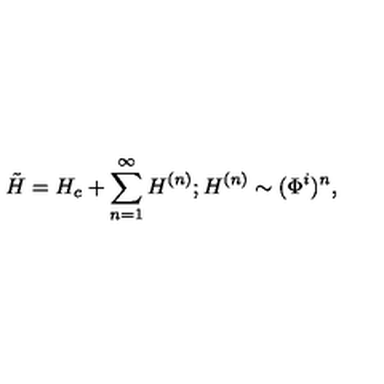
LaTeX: \tilde { H } = H _ { c } + \sum _ { n = 1 } ^ { \infty } H ^ { ( n ) } ; H ^ { ( n ) } \sim ( \Phi ^ { i } ) ^ { n } ,